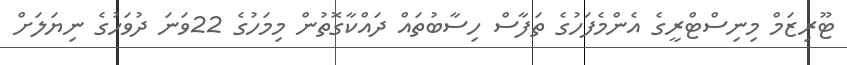
ޓޫރިޒަމް މިނިސްޓްރީގެ އެންމެފަހުގެ ތަފާސް ހިސާބުތައް ދައްކާގޮތުން މިމަހުގެ 22ވަނަ ދުވަހުގެ ނިޔަލަށް